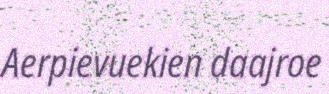
Aerpievuekien daajroe